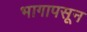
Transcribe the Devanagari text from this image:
भागापसून